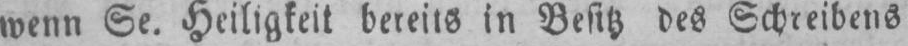
wenn Se. Heiligkeit bereits in Besitz des Schreibens